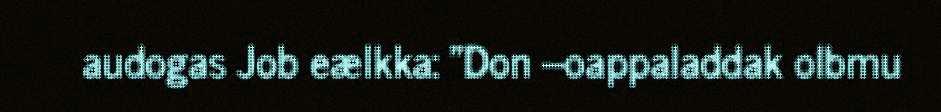
audogas Job eælkka: "Don –oappaladdak olbmu